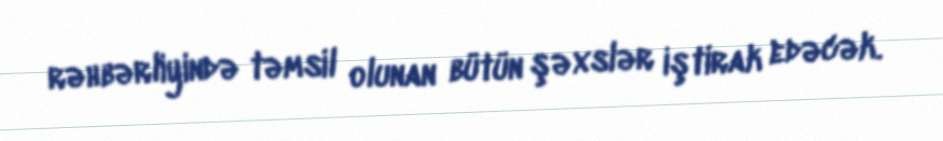
rəhbərliyində təmsil olunan bütün şəxslər iştirak edəcək.